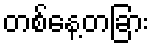
တစ်နေ့တခြား